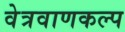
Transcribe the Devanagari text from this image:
वेत्रवाणकल्प